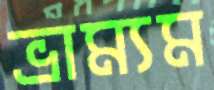
ভ্রাম্যম